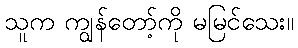
သူက ကျွန်တော့်ကို မမြင်သေး။